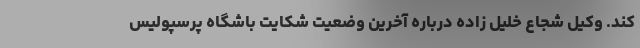
کند. وکیل شجاع خلیل زاده درباره آخرین وضعیت شکایت باشگاه پرسپولیس